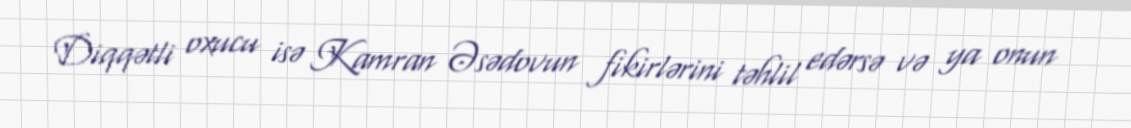
Diqqətli oxucu isə Kamran Əsədovun fikirlərini təhlil edərsə və ya onun